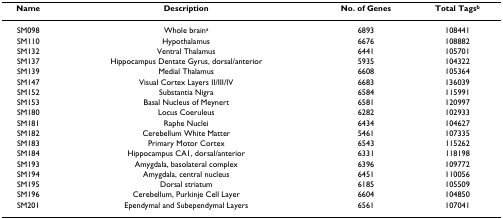
<table><thead><tr><td><b>Name</b></td><td><b>Description</b></td><td><b>No. of Genes</b></td><td><b>Total Tags<sup>b</sup></b></td></tr></thead><tbody><tr><td>SM098</td><td>Whole brain<sup>a</sup></td><td>6893</td><td>108441</td></tr><tr><td>SM110</td><td>Hypothalamus</td><td>6676</td><td>108882</td></tr><tr><td>SM132</td><td>Ventral Thalamus</td><td>6441</td><td>105701</td></tr><tr><td>SM137</td><td>Hippocampus Dentate Gyrus, dorsal/anterior</td><td>5935</td><td>104322</td></tr><tr><td>SM139</td><td>Medial Thalamus</td><td>6608</td><td>105364</td></tr><tr><td>SM147</td><td>Visual Cortex Layers II/III/IV</td><td>6683</td><td>136039</td></tr><tr><td>SM152</td><td>Substantia Nigra</td><td>6584</td><td>115991</td></tr><tr><td>SM153</td><td>Basal Nucleus of Meynert</td><td>6581</td><td>120997</td></tr><tr><td>SM180</td><td>Locus Coeruleus</td><td>6282</td><td>102933</td></tr><tr><td>SM181</td><td>Raphe Nuclei</td><td>6434</td><td>104627</td></tr><tr><td>SM182</td><td>Cerebellum White Matter</td><td>5461</td><td>107335</td></tr><tr><td>SM183</td><td>Primary Motor Cortex</td><td>6543</td><td>115262</td></tr><tr><td>SM184</td><td>Hippocampus CA1, dorsal/anterior</td><td>6331</td><td>118198</td></tr><tr><td>SM193</td><td>Amygdala, basolateral complex</td><td>6396</td><td>109772</td></tr><tr><td>SM194</td><td>Amygdala, central nucleus</td><td>6451</td><td>110056</td></tr><tr><td>SM195</td><td>Dorsal striatum</td><td>6185</td><td>105509</td></tr><tr><td>SM196</td><td>Cerebellum, Purkinje Cell Layer</td><td>6604</td><td>104850</td></tr><tr><td>SM201</td><td>Ependymal and Subependymal Layers</td><td>6561</td><td>107041</td></tr></tbody></table>